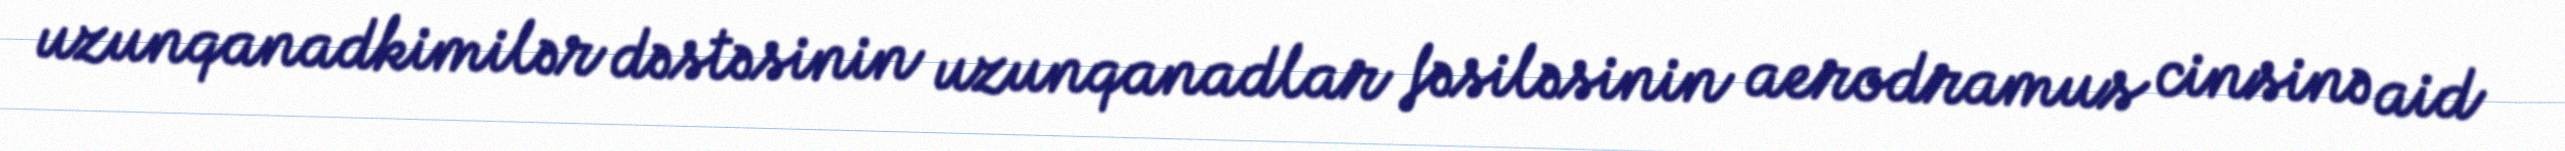
uzunqanadkimilər dəstəsinin uzunqanadlar fəsiləsinin aerodramus cinsinə aid